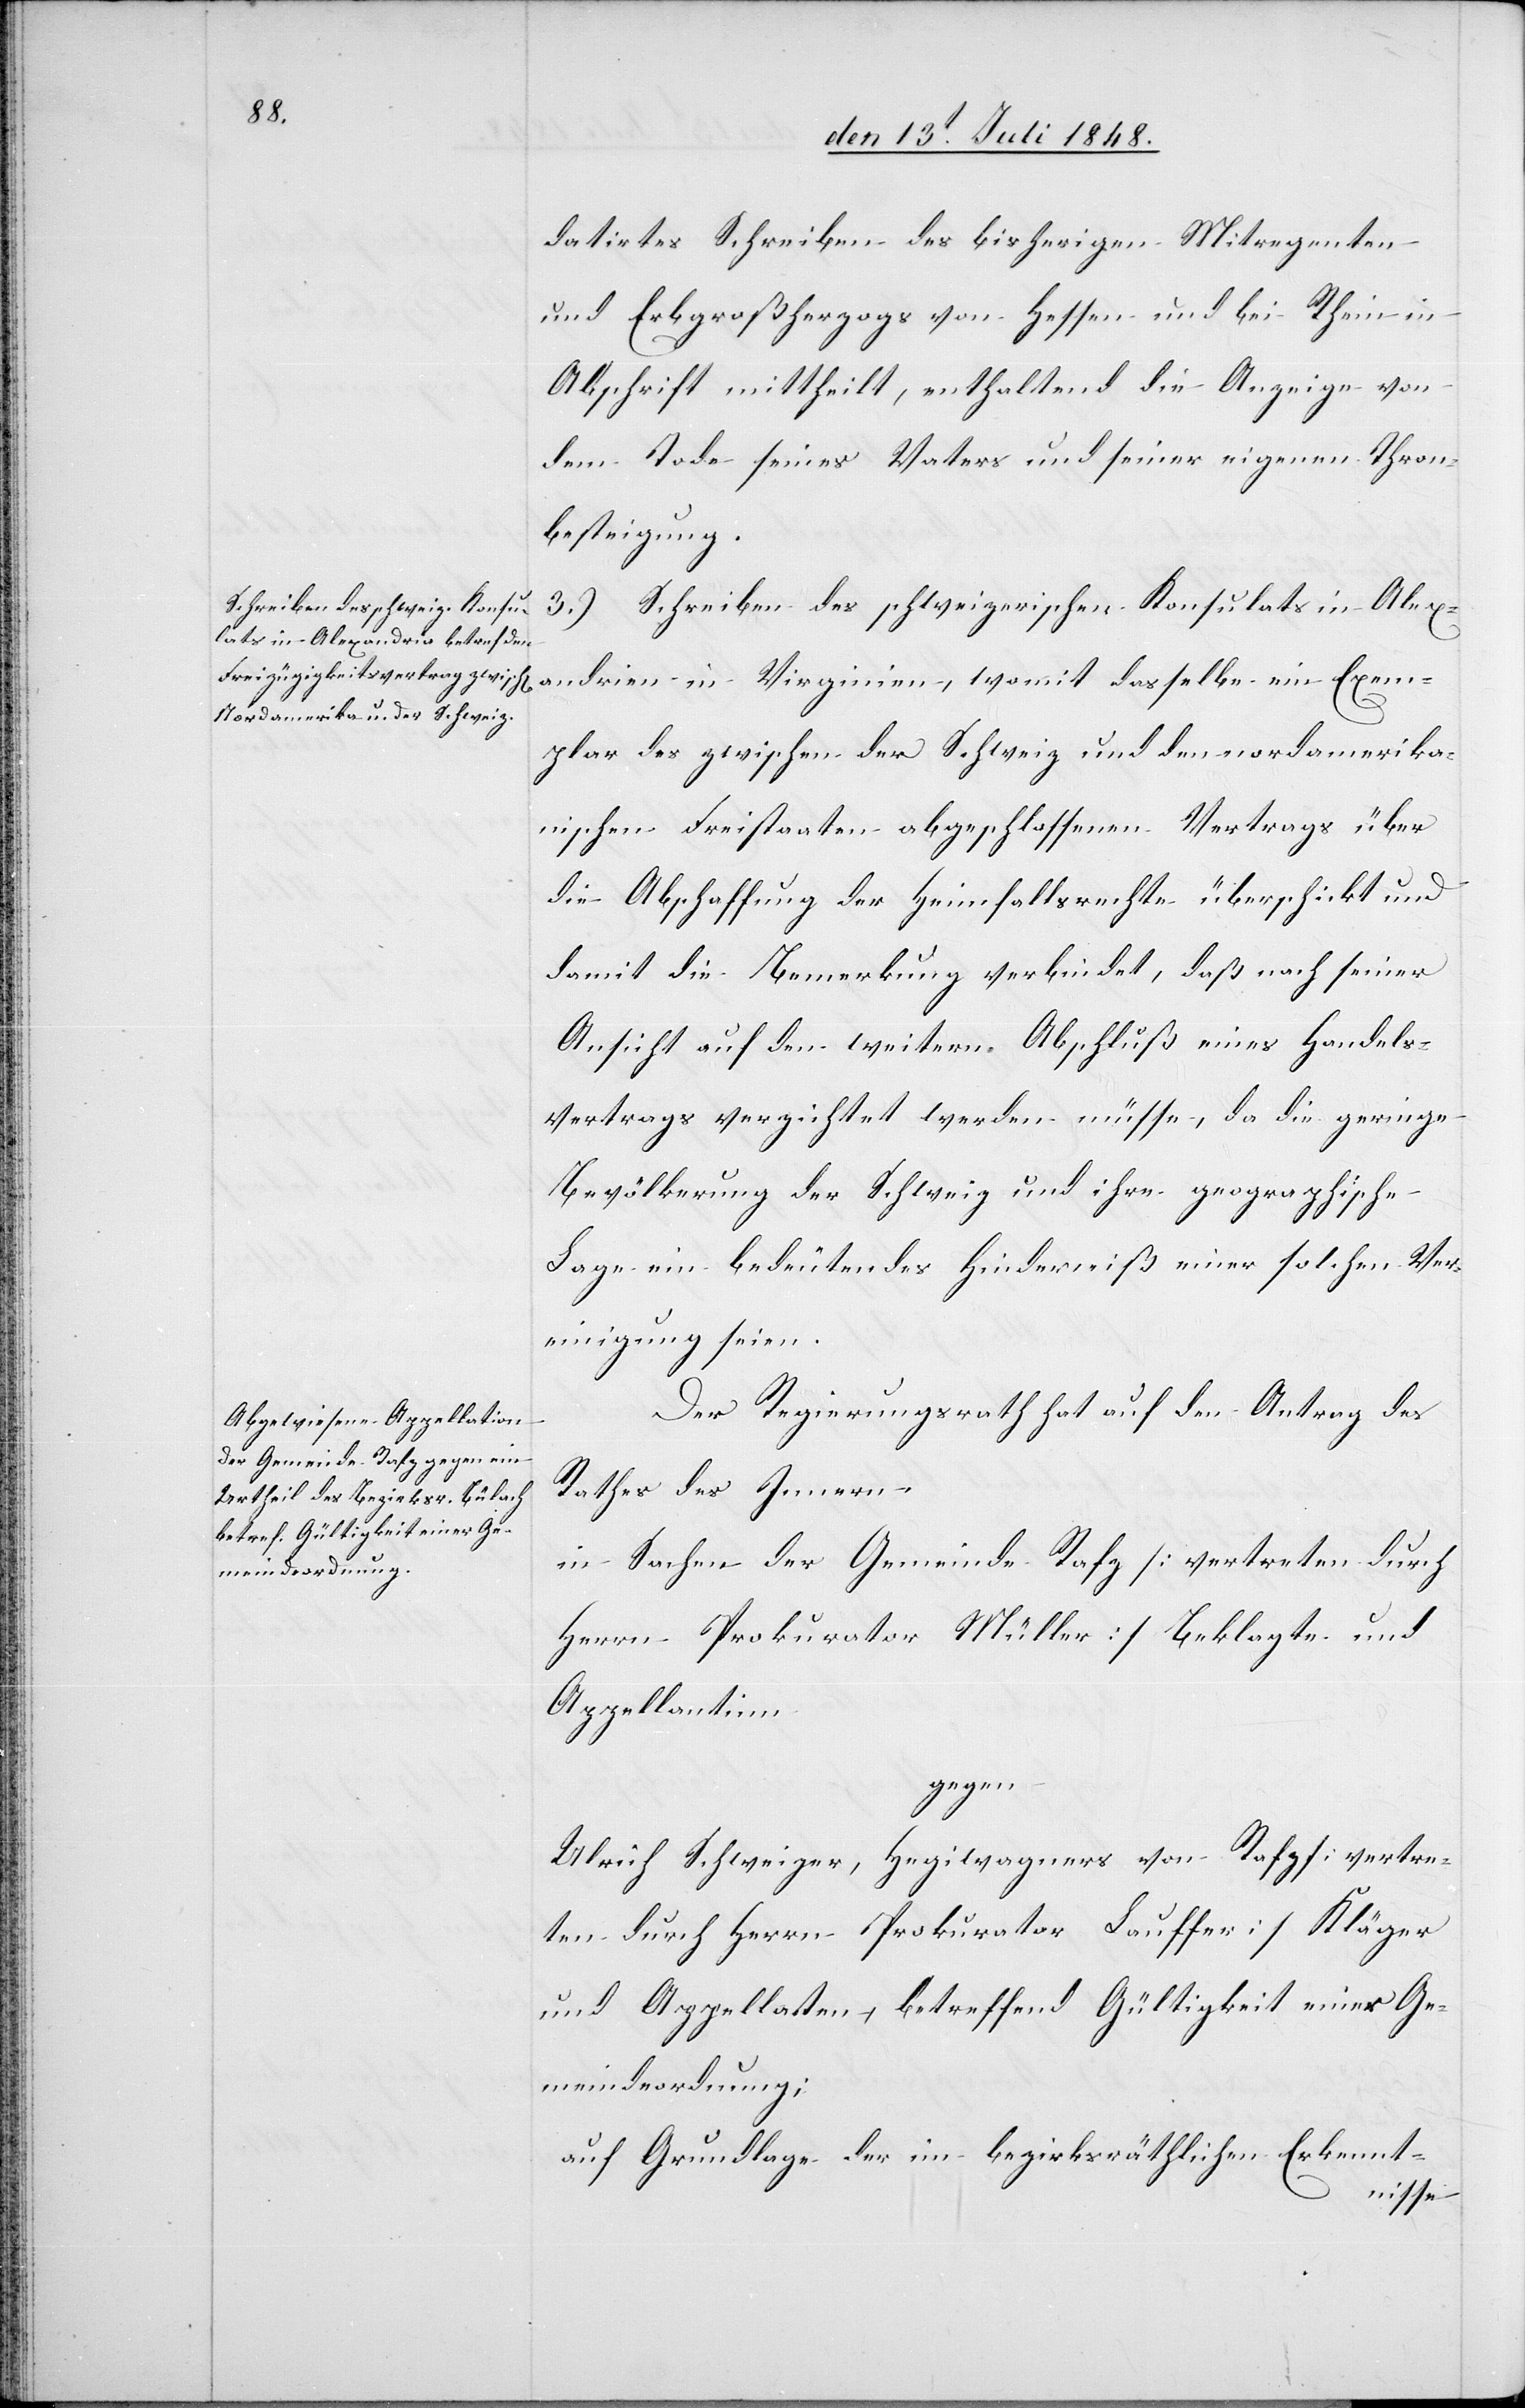
datirtes Schreiben des bisherigen Mitregenten
und Erbgroßherzogs von Hessen und bei Rhein in
Abschrift mittheilt, enthaltend die Anzeige von
dem Tode seines Vaters und seiner eigenen Thron¬
besteigung.
3.) Schreiben des schweizerischen Konsulats in Alex¬
Exemplar des zwischen der Schweiz und den nordamerika¬
nischen Freistaaten abgeschlossenen Vertrags über
die Abschaffung der Heimfallsrechte überschickt und
damit die Bemerkung verbindet, daß nach seiner
Ansicht auf den weitern Abschluß eines Handels¬
vertrags verzichtet werden müsse, da die geringe
Bevölkerung der Schweiz und ihre geographische
Lage ein bedeutendes Hinderniß einer solchen Ver¬
einigung seien.
Der Regierungsrath hat auf den Antrag des
Rathes des Innern
in Sachen der Gemeinde Rafz [vertreten durch
Herrn Prokurator Müller] Beklagte und
Appellantinn,
gegen
Ulrich Schweizer, Hegiwagners von Rafz [vertre¬
ten durch Herrn Prokurator Lauffer] Kläger
und Appellaten, betreffend Gültigkeit einer Ge¬
meindeordnung;
auf Grundlage der im bezirksräthlichen Erkennt-
andrien